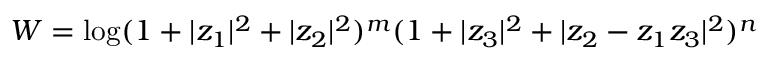
W = \log ( 1 + \vert z _ { 1 } \vert ^ { 2 } + \vert z _ { 2 } \vert ^ { 2 } ) ^ { m } ( 1 + \vert z _ { 3 } \vert ^ { 2 } + \vert z _ { 2 } - z _ { 1 } z _ { 3 } \vert ^ { 2 } ) ^ { n }